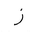
Letter: _zay